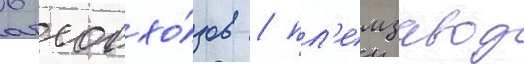
6 совхо́зов / пл'емзавод